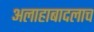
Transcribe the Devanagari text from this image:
अलाहाबादलाच